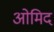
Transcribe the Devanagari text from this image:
ओमिद